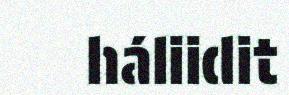
háliidit